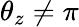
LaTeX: \theta_{z}\neq\pi